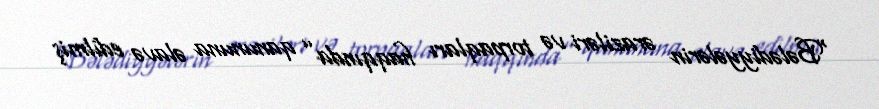
“Bələdiyyələrin əraziləri və torpaqları haqqında” qanununa əlavə edilmiş